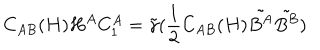
C _ { A B } ( H ) H ^ { A } C _ { 1 } ^ { A } = \tilde { \gamma } ( \frac { 1 } { 2 } C _ { A B } ( H ) \tilde { B ^ { A } } \tilde { B ^ { B } } )